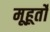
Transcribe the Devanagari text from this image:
मूहूर्तों